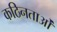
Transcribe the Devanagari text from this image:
कठिनताओं